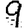
Digit: 9